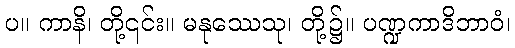
ပ။ ကာနိ၊ တို့၎င်း။ မနုဿေသု၊ တို့၌။ ပဏ္ဍကာဒိဘာဝံ၊